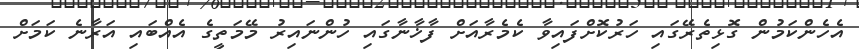
އެހެންކަމުން ގޮޅިތެރޭގައި ހަރުކޮށްފައިވާ ކެމެރާއަށް ފާޚާނާގައި ހުންނައިރު މޭމަތީގެ އެއްބައި އަރާނެ ކަމަށް